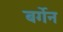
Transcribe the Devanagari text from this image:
बर्गेन